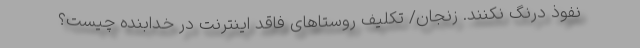
نفوذ درنگ نکنند. زنجان/ تکلیف روستاهای فاقد اینترنت در خدابنده چیست؟